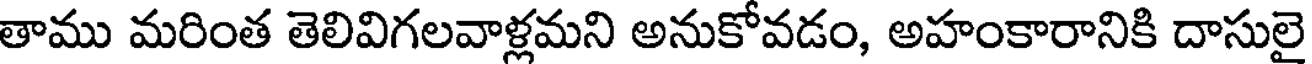
తాము మరింత తెలివిగలవాళ్లమని అనుకోవడం, అహంకారానికి దాసులై